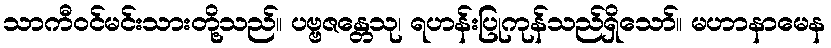
သာကီဝင်မင်းသားတို့သည်။ ပဗ္ဗဇန္တေသု၊ ရဟန်းပြုကုန်သည်ရှိသော်။ မဟာနာမေန